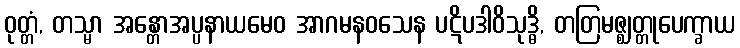
ဝုတ္တံ, တသ္မာ အန္တောအပ္ပနာယမေဝ အာဂမနဝသေန ပဋိပဒါဝိသုဒ္ဓိ, တတြမဇ္ဈတ္တုပေက္ခာယ